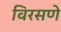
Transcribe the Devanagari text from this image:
विरसणे